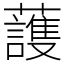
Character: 䕶